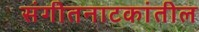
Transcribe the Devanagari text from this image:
संगीतनाटकांतील